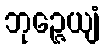
ဘုဉ္ဇေယျံ